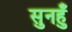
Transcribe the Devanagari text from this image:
सुनहुँ